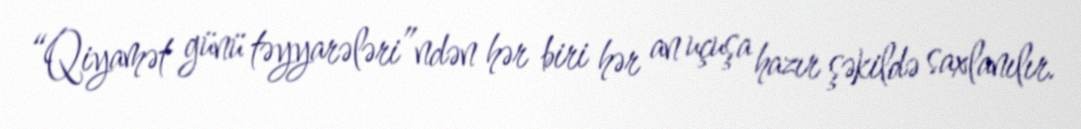
“Qiyamət günü təyyarələri”ndən hər biri hər an uçuşa hazır şəkildə saxlanılır.